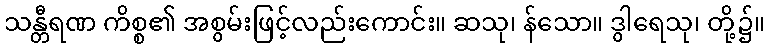
သန္တီရဏ ကိစ္စ၏ အစွမ်းဖြင့်လည်းကောင်း။ ဆသု၊ န်သော။ ဒွါရေသု၊ တို့၌။